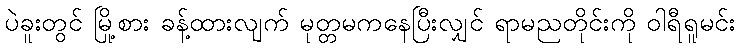
ပဲခူးတွင် မြို့စား ခန့်ထားလျက် မုတ္တမကနေပြီးလျှင် ရာမညတိုင်းကို ဝါရီရူမင်း